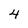
Character: 4